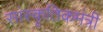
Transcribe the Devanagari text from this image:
सांस्कृतिकमंत्री